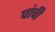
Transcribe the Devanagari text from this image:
पांची